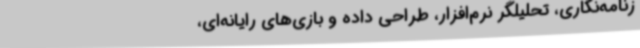
زنامه‌نگاری، تحلیلگر نرم‌افزار، طراحی داده و بازی‌های رایانه‌ای،